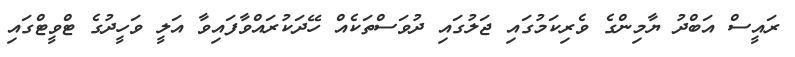
ރައީސް އަބްދު ޔާމިންގެ ވެރިކަމުގައި ޖަލުގައި ދުވަސްތަކެއް ހޭދަކުރައްވާފައިވާ އަލީ ވަހީދުގެ ޓްވީޓްގައި